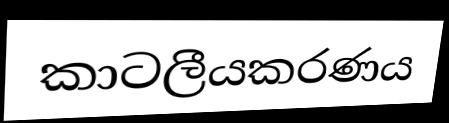
කාටලීයකරණය